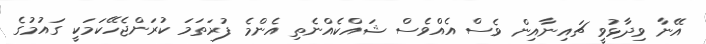
އޭނާ ވިދާޅުވީ ޗައިނާއިން ވެސް އެއްވެސް ޝައްކެއްނެތި އެންމެ ފުރަތަމަ ކުރަންޖެހޭކަމަކީ ގައުމުގެ